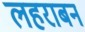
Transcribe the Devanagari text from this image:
लहराबन